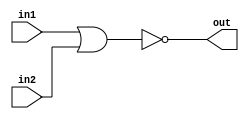
module top_module (
    input in1,
    input in2,
    output out);

    // 
    assign out = ~(in1 | in2);
    // 
    nor no1(out, in1, in2);
    
endmodule